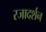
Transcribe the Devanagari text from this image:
रजादर्शन